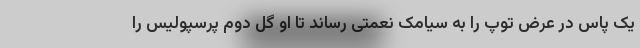
یک پاس در عرض توپ را به سیامک نعمتی رساند تا او گل دوم پرسپولیس را